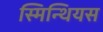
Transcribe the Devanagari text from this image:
स्मिन्थियस